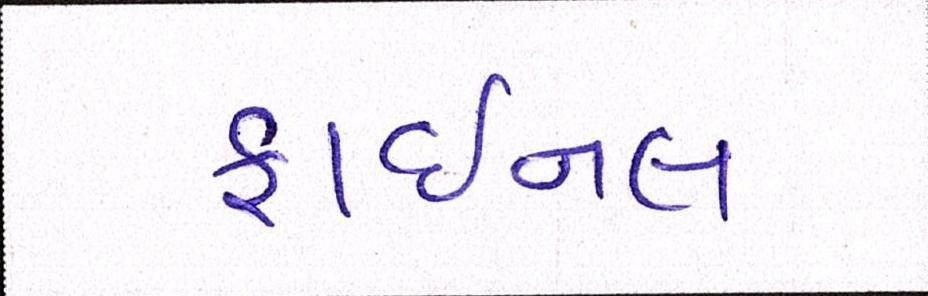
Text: ફાઈનલ